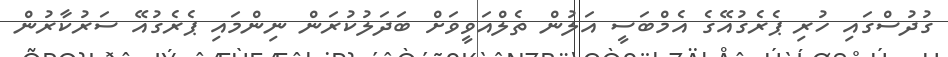
ގުދުސްގައި ހުރި ޕެރެގުއޭގެ އެމްބަސީ އަލުން ތެލްއަވީވަށް ބަދަލުކުރަން ނިންމައި ޕެރެގުއޭ ސަރުކާރުން